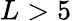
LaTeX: L>5